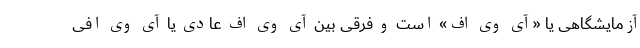
آزمایشگاهی یا «آی وی اف» است و فرقی بین آی وی اف عادی یا آی وی افی